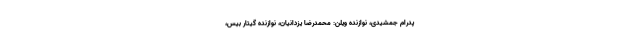
پدرام جمشیدی، نوازنده ویلن: محمدرضا یزدانیان، نوازنده گیتار بیس،